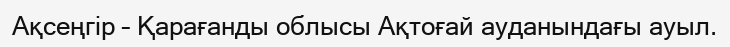
Ақсеңгір – Қарағанды облысы Ақтоғай ауданындағы ауыл.